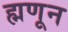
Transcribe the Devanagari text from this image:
ह्मणून